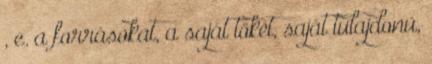
, e. a forrásokat, a saját tőkét, saját tulajdonú,